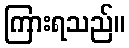
ကြားရသည်။